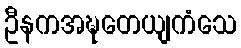
ဦနကအဍ္ဎတေယျကံသေ